Civil Veterinary Department. Madras. Admin. report 1910-25 - 1910-1925
Year: 1910
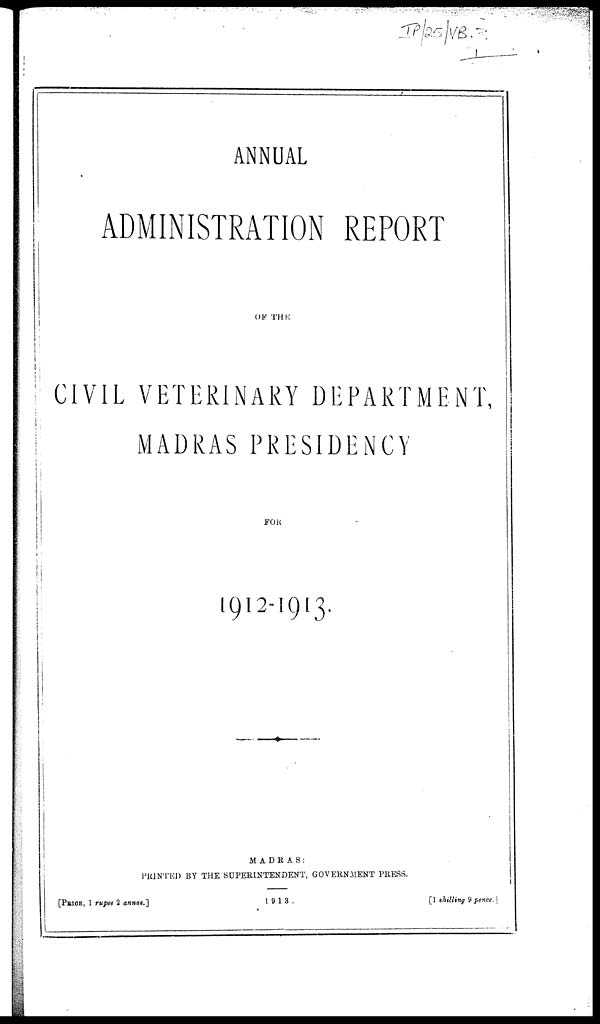
ANNUAL
ADMINISTRATION REPORT
OF THE
CIVIL VETERINARY DEPARTMENT,
MADRAS PRESIDENCY
FOR
1912-1913.
MADRAS:
PRINTED BY THE SUPERINTENDENT, GOVERNMENT PRESS.
[PRICE, 1 rupee 2 annas.}
1913.
[1
shilling
9
pence.